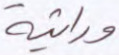
وراثية